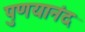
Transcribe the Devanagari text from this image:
पुणयानंद